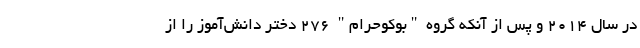
در سال 2014 و پس از آنکه گروه "بوکوحرام" 276 دختر دانش‌آموز را از